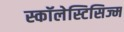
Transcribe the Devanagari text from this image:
स्कॉलेस्टिसिज्म